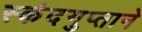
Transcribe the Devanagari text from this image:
स्कंदगुप्ताने